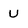
Character: U